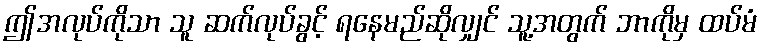
ဤအလုပ်ကိုသာ သူ ဆက်လုပ်ခွင့် ရနေမည်ဆိုလျှင် သူ့အတွက် ဘာကိုမှ ထပ်မံ